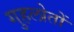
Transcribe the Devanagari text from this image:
गुहलोतों